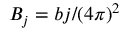
B _ { j } = b j / ( 4 \pi ) ^ { 2 }